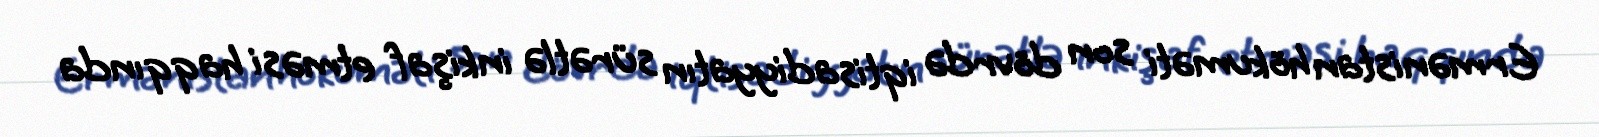
Ermənistan hökuməti son dövrdə iqtisadiyyatın sürətlə inkişaf etməsi haqqında